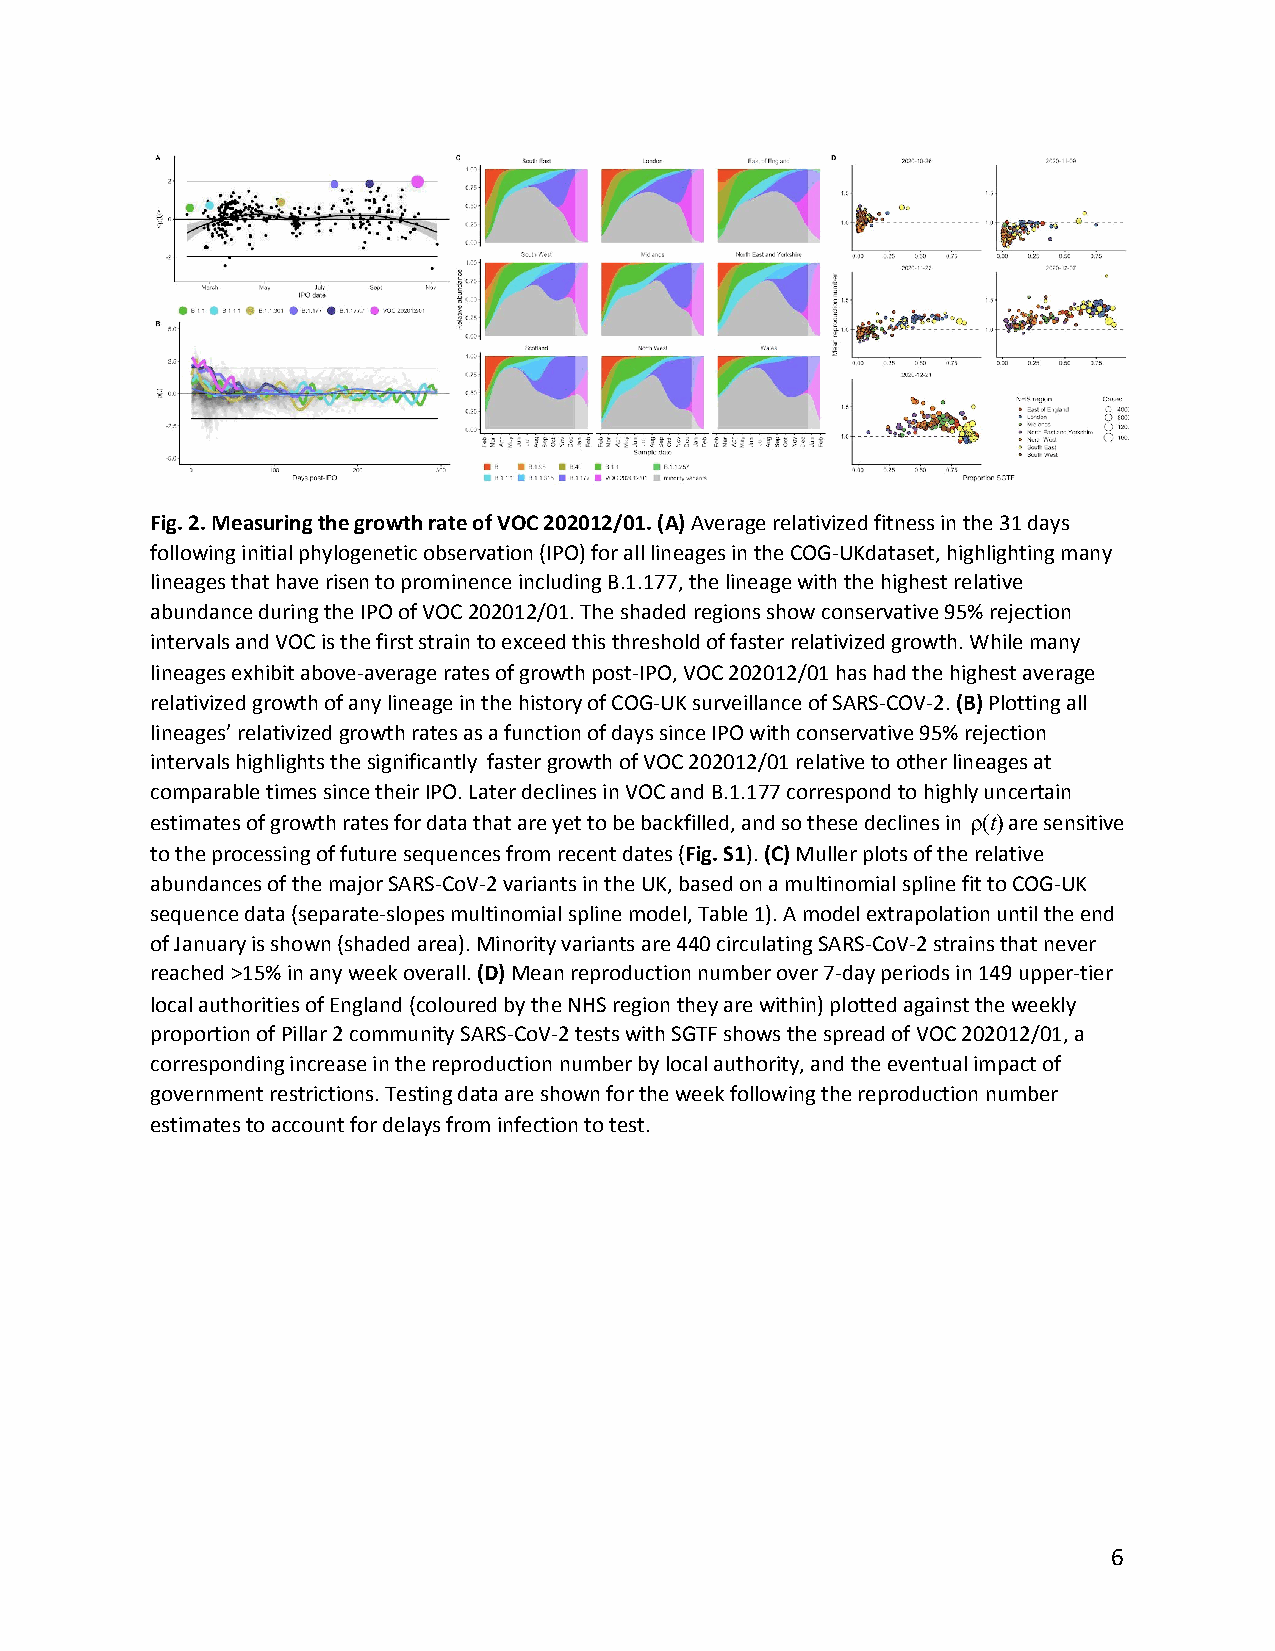
Fig. 2. Measuring the growth rate of VOC 202012/01. (A) Average relativized fitness in the 31 days
 ​
 following initial phylogenetic observation (IPO) for all lineages in the COG-UKdataset, highlighting many
 lineages that have risen to prominence including B.1.177, the lineage with the highest relative
 abundance during the IPO of VOC 202012/01. The shaded regions show conservative 95% rejection
 intervals and VOC is the first strain to exceed this threshold of faster relativized growth. While many
 lineages exhibit above-average rates of growth post-IPO, VOC 202012/01 has had the highest average
 relativized growth of any lineage in the history of COG-UK surveillance of SARS-COV-2. (B) Plotting all
 ​ ​
 lineages’ relativized growth rates as a function of days since IPO with conservative 95% rejection
 intervals highlights the significantly faster growth of VOC 202012/01 relative to other lineages at
 comparable times since their IPO. Later declines in VOC and B.1.177 correspond to highly uncertain
 estimates of growth rates for data that are yet to be backfilled, and so these declines in ρ(t)are sensitive
 to the processing of future sequences from recent dates (Fig. S1). (C) Muller plots of the relative
 ​   ​ ​ ​
 abundances of the major SARS-CoV-2 variants in the UK, based on a multinomial spline fit to COG-UK
 sequence data (separate-slopes multinomial spline model, Table 1). A model extrapolation until the end
 of January is shown (shaded area). Minority variants are 440 circulating SARS-CoV-2 strains that never
 reached >15% in any week overall. (D) Mean reproduction number over 7-day periods in 149 upper-tier
 ​ ​
 local authorities of England (coloured by the NHS region they are within) plotted against the weekly
 proportion of Pillar 2 community SARS-CoV-2 tests with SGTF shows the spread of VOC 202012/01, a
 corresponding increase in the reproduction number by local authority, and the eventual impact of
 government restrictions. Testing data are shown for the week following the reproduction number
 estimates to account for delays from infection to test.
 6